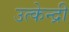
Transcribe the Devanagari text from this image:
उत्केन्द्री